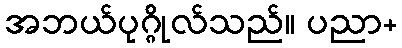
အဘယ်ပုဂ္ဂိုလ်သည်။ ပညာ+